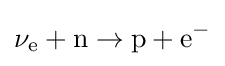
\mathrm {\nu _{e}+n\to p+e^{-}}